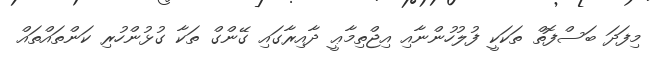
މިފަދަ ބަސްފޮތް ތަކަކީ ފުލުހުންނާއި އިޖްތިމާޢީ ދާއިރާގައި ގޭންގް ތަކާ ގުޅުންހުރި ކަންތައްތައް